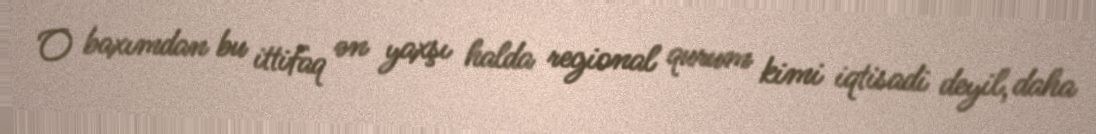
O baxımdan bu ittifaq ən yaxşı halda regional qurum kimi iqtisadi deyil, daha